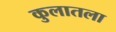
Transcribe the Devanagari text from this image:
कुलातला